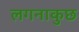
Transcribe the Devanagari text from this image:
लगनाकुछ